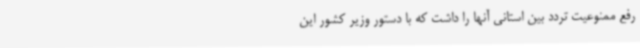
رفع ممنوعیت تردد بین استانی آنها را داشت که با دستور وزیر کشور این